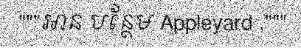
"""អាន បន្ថែម Appleyard ,"""